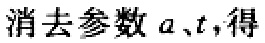
消去参数\(a\)、\(t\)，得